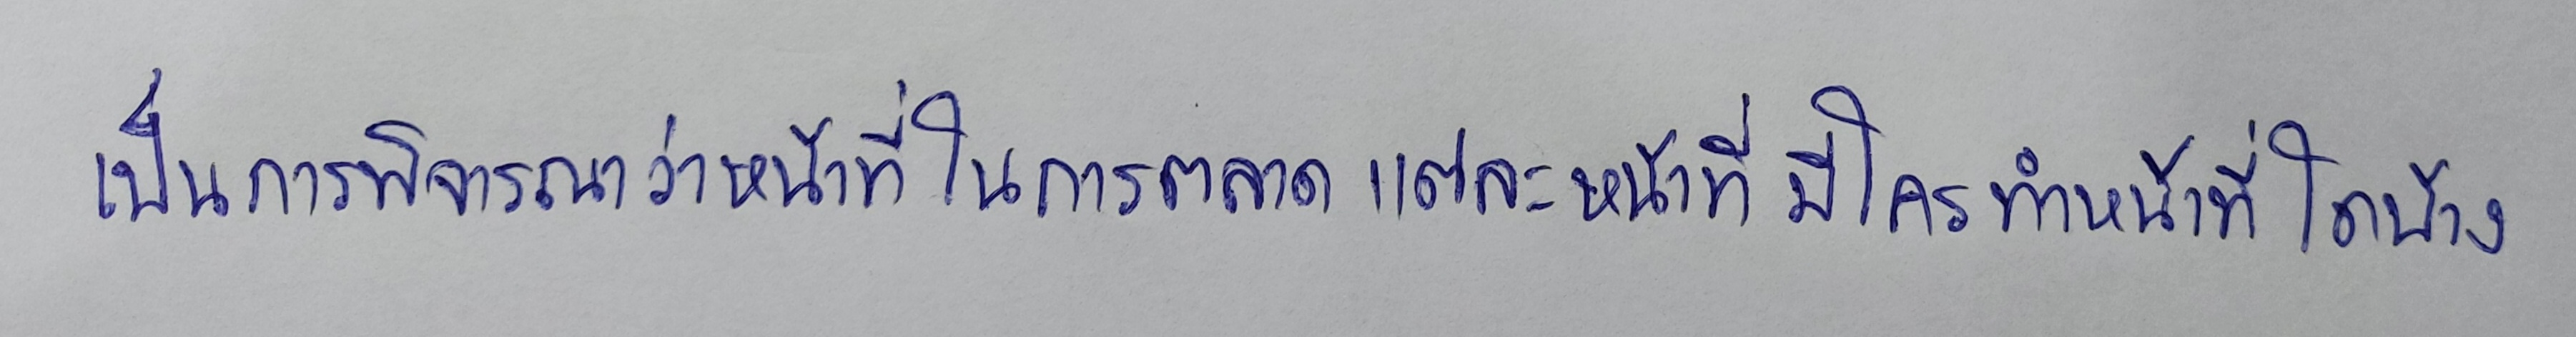
เป็นการพิจารณาว่าหน้าที่ในการตลาดแต่ละหน้าที่มีใครทำหน้าที่ใดบ้าง